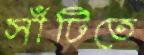
সাঁটিতে